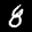
Label: 8